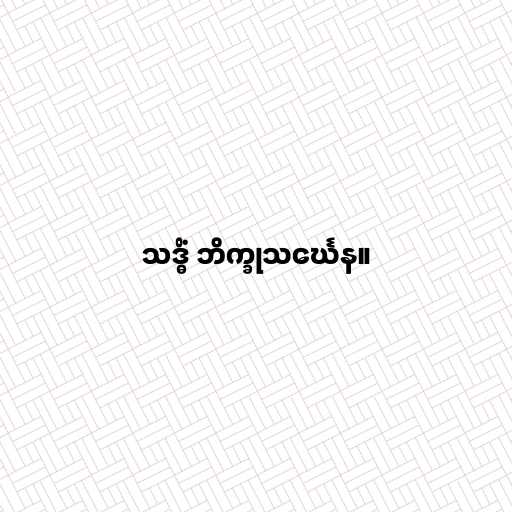
သဒ္ဓိံ ဘိက္ခုသင်္ဃေန။